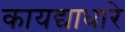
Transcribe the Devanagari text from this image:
कायद्याधारे